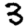
Digit: 3